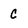
Character: C